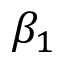
\beta _ { 1 }